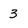
Character: 3